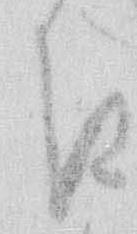
き